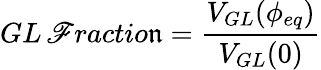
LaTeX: GL\, \mathscr{F}ractio\mathfrak{n}=\frac{{V_{GL}(\phi_{eq})}}{{V_{GL}(0)}}